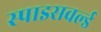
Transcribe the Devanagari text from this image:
स्पाइसवर्ल्ड